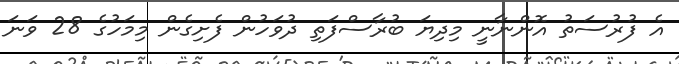
އެ ފުރުސަތު އޮންނާނީ މިދިޔަ ބުރާސްފަތި ދުވަހުން ފެށިގެން މިމަހުގެ 28 ވަނަ